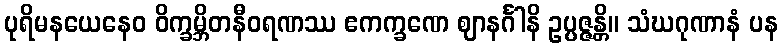
ပုရိမနယေနေဝ ဝိက္ခမ္ဘိတနီဝရဏဿ ဧကက္ခဏေ ဈာနင်္ဂါနိ ဥပ္ပဇ္ဇန္တိ။ သံဃဂုဏာနံ ပန